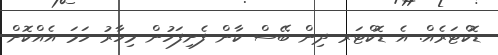
ޑޮކްޓަރެއް. އެ ޑޮކްޓަރ ދިން ބޭސް ކާން ފެށިފަހުން މިހާރު ހަމަ އެއްކޮށް